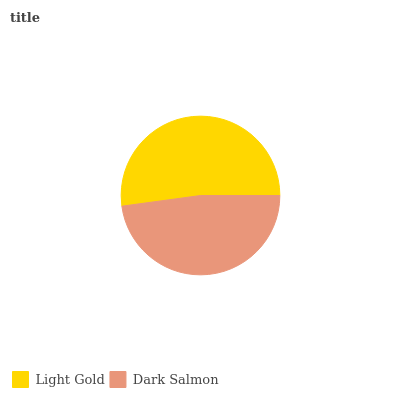
| Light Gold | Dark Salmon |
 | --- | --- |
 | 52.1% | 47.9% |